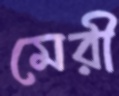
মেরী